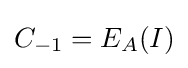
C_{-1}=E_{A}(I)